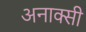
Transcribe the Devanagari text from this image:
अनाक्सी